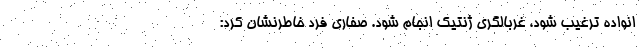
انواده ترغیب شود، غربالگری ژنتیک انجام شود. صفاری فرد خاطرنشان کرد: